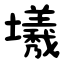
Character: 㙿